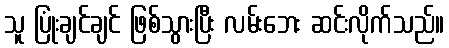
သူ ပြုံးချင်ချင် ဖြစ်သွားပြီး လမ်းဘေး ဆင်းလိုက်သည်။